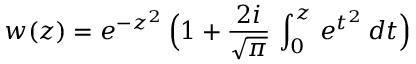
w ( z ) = e ^ { - z ^ { 2 } } \, \Big ( 1 + \frac { 2 i } { \sqrt { \pi } } \, \int _ { 0 } ^ { z } \, e ^ { t ^ { 2 } } \, d t \Big )